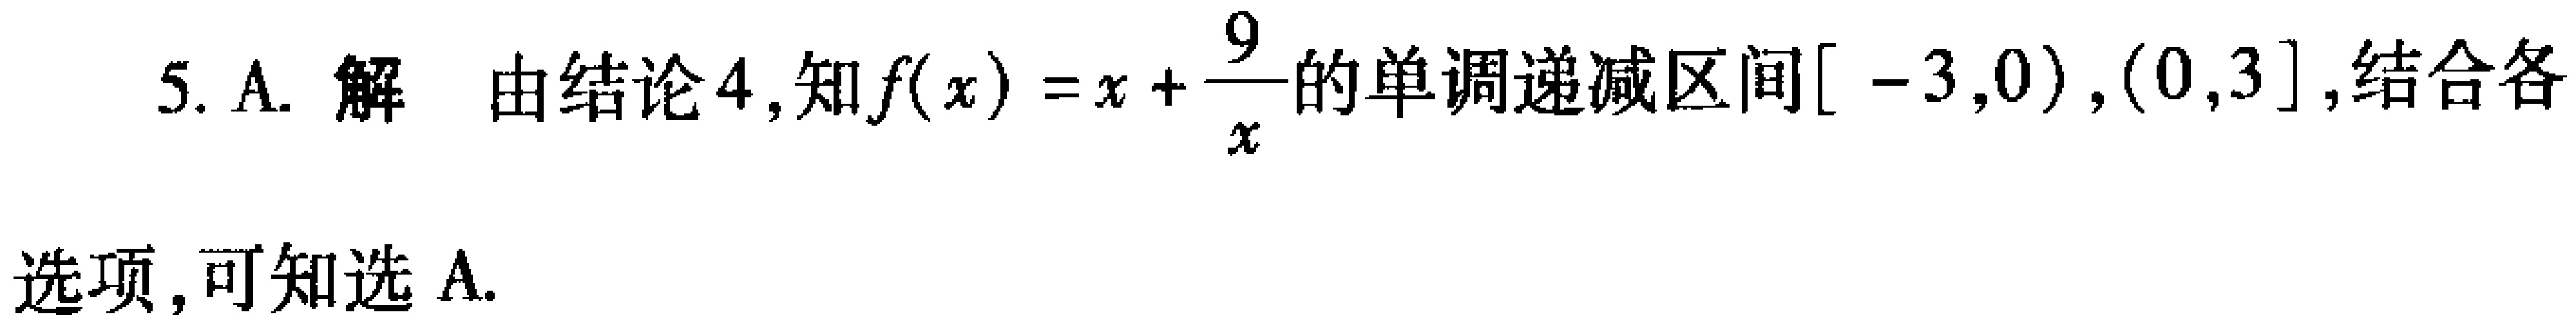
5. A. 解 由结论4, 知\(f(x)=x+\frac{9}{x}\)的单调递减区间\([ - 3,0),(0,3]\),结合各选项, 可知选 A.